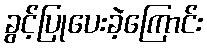
ခွင့်ပြုပေးခဲ့ကြောင်း